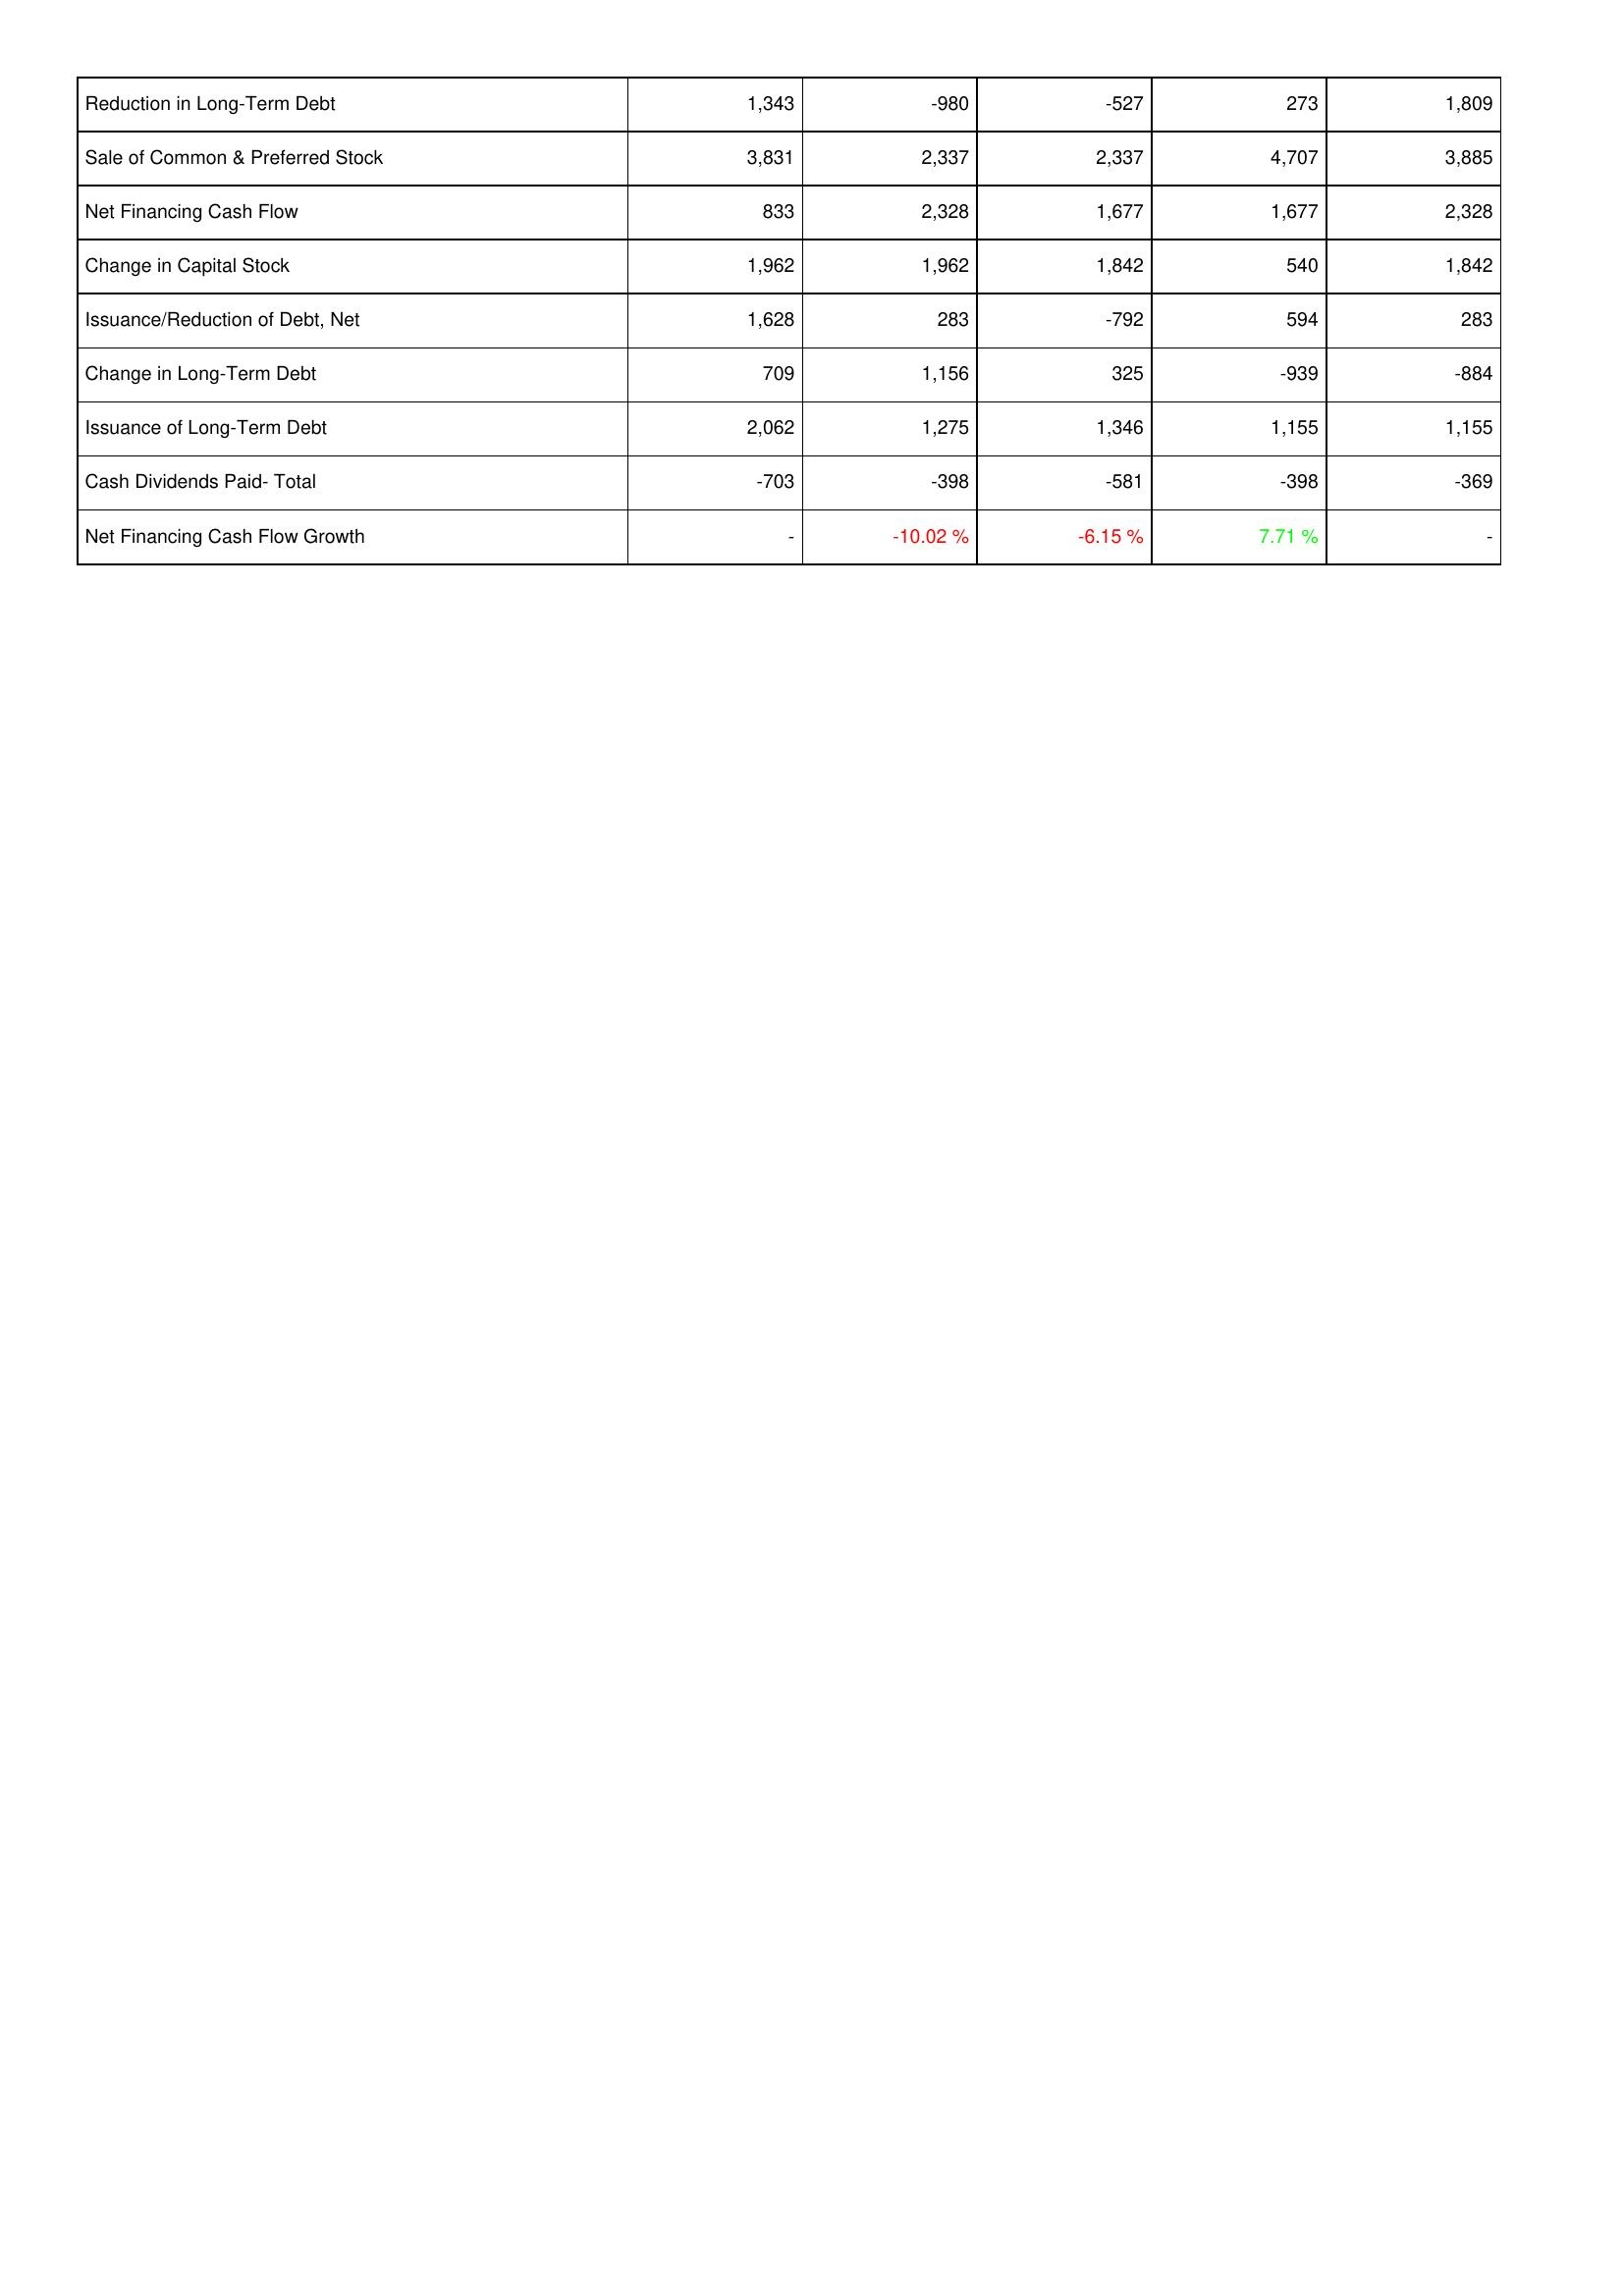
2017: Financing Activities: Reduction in Long-Term Debt: 1,343
Sale of Common & Preferred Stock: 3,831
Net Financing Cash Flow: 833
Change in Capital Stock: 1,962
Issuance/Reduction of Debt, Net: 1,628
Change in Long-Term Debt: 709
Issuance of Long-Term Debt: 2,062
Cash Dividends Paid- Total: -703
Net Financing Cash Flow Growth: -
2016: Financing Activities: Reduction in Long-Term Debt: -980
Sale of Common & Preferred Stock: 2,337
Net Financing Cash Flow: 2,328
Change in Capital Stock: 1,962
Issuance/Reduction of Debt, Net: 283
Change in Long-Term Debt: 1,156
Issuance of Long-Term Debt: 1,275
Cash Dividends Paid- Total: -398
Net Financing Cash Flow Growth: -10.02 %
2015: Financing Activities: Reduction in Long-Term Debt: -527
Sale of Common & Preferred Stock: 2,337
Net Financing Cash Flow: 1,677
Change in Capital Stock: 1,842
Issuance/Reduction of Debt, Net: -792
Change in Long-Term Debt: 325
Issuance of Long-Term Debt: 1,346
Cash Dividends Paid- Total: -581
Net Financing Cash Flow Growth: -6.15 %
2014: Financing Activities: Reduction in Long-Term Debt: 273
Sale of Common & Preferred Stock: 4,707
Net Financing Cash Flow: 1,677
Change in Capital Stock: 540
Issuance/Reduction of Debt, Net: 594
Change in Long-Term Debt: -939
Issuance of Long-Term Debt: 1,155
Cash Dividends Paid- Total: -398
Net Financing Cash Flow Growth: 7.71 %
2013: Financing Activities: Reduction in Long-Term Debt: 1,809
Sale of Common & Preferred Stock: 3,885
Net Financing Cash Flow: 2,328
Change in Capital Stock: 1,842
Issuance/Reduction of Debt, Net: 283
Change in Long-Term Debt: -884
Issuance of Long-Term Debt: 1,155
Cash Dividends Paid- Total: -369
Net Financing Cash Flow Growth: -